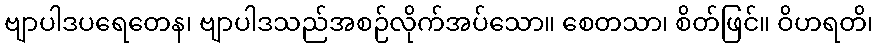
ဗျာပါဒပရေတေန၊ ဗျာပါဒသည်အစဉ်လိုက်အပ်သော။ စေတသာ၊ စိတ်ဖြင်။ ဝိဟရတိ၊